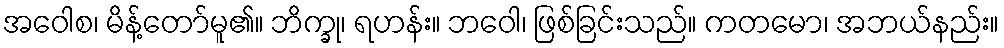
အဝေါစ၊ မိန့်တော်မူ၏။ ဘိက္ခု၊ ရဟန်း။ ဘဝေါ၊ ဖြစ်ခြင်းသည်။ ကတမော၊ အဘယ်နည်း။